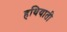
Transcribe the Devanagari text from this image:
हथियाती